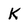
Character: K